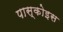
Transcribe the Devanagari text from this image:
पास्कोइस